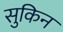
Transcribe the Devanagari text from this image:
सुकिन